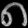
Digit: ၈